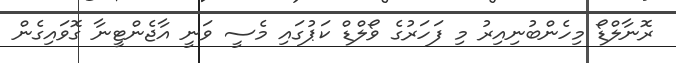
ރޮނާލްޑޯ މިހެންބުނިއިރު މި ފަހަރުގެ ވޯލްޑް ކަޕުގައި މެސީ ވަނީ އާޖެންޓީނާ ގޮވައިގެން